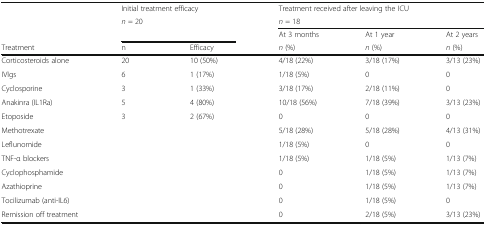
<table><thead><tr><td></td><td colspan="2"><b>Initial treatment efficacy</b></td><td colspan="3"><b>Treatment received after leaving the ICU</b></td></tr><tr><td></td><td colspan="2"><b><i>n</i> = 20</b></td><td colspan="3"><b><i>n</i> = 18</b></td></tr><tr><td></td><td colspan="2"></td><td><b>At 3 months</b></td><td><b>At 1 year</b></td><td><b>At 2 years</b></td></tr><tr><td><b>Treatment</b></td><td><b>n</b></td><td><b>Efficacy</b></td><td><b><i>n</i> (%)</b></td><td><b><i>n</i> (%)</b></td><td><b><i>n</i> (%)</b></td></tr></thead><tbody><tr><td>Corticosteroids alone</td><td>20</td><td>10 (50%)</td><td>4/18 (22%)</td><td>3/18 (17%)</td><td>3/13 (23%)</td></tr><tr><td>IVIgs</td><td>6</td><td>1 (17%)</td><td>1/18 (5%)</td><td>0</td><td>0</td></tr><tr><td>Cyclosporine</td><td>3</td><td>1 (33%)</td><td>3/18 (17%)</td><td>2/18 (11%)</td><td>0</td></tr><tr><td>Anakinra (IL1Ra)</td><td>5</td><td>4 (80%)</td><td>10/18 (56%)</td><td>7/18 (39%)</td><td>3/13 (23%)</td></tr><tr><td>Etoposide</td><td>3</td><td>2 (67%)</td><td>0</td><td>0</td><td>0</td></tr><tr><td>Methotrexate</td><td rowspan="2" colspan="2"></td><td>5/18 (28%)</td><td>5/18 (28%)</td><td>4/13 (31%)</td></tr><tr><td>Leflunomide</td><td>1/18 (5%)</td><td>0</td><td>0</td></tr><tr><td>TNF-α blockers</td><td rowspan="2" colspan="2"></td><td>1/18 (5%)</td><td>1/18 (5%)</td><td>1/13 (7%)</td></tr><tr><td>Cyclophosphamide</td><td>0</td><td>1/18 (5%)</td><td>1/13 (7%)</td></tr><tr><td>Azathioprine</td><td rowspan="3" colspan="2"></td><td>0</td><td>1/18 (5%)</td><td>1/13 (7%)</td></tr><tr><td>Tocilizumab (anti-IL6)</td><td>0</td><td>1/18 (5%)</td><td>0</td></tr><tr><td>Remission off treatment</td><td>0</td><td>2/18 (5%)</td><td>3/13 (23%)</td></tr></tbody></table>